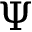
\Psi